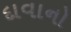
દાવાનો